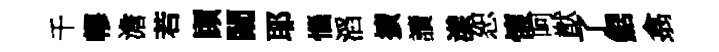
千轇澹若頋闚耶惱滔擴讀漾恕懷呵猷了鋸翕